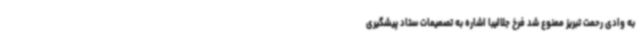
به وادی رحمت تبریز ممنوع شد فرخ جلالیبا اشاره به تصمیمات ستاد پیشگیری